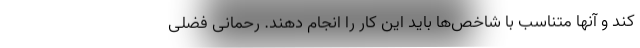
کند و آنها متناسب با شاخص‌ها باید این کار را انجام دهند. رحمانی فضلی